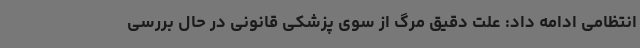
انتظامی ادامه داد:‌ علت دقیق مرگ از سوی پزشکی قانونی در حال بررسی